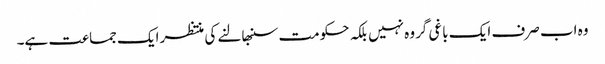
وہ اب صرف ایک باغی گروہ نہیں بلکہ حکومت سنبھالنے کی منتظر ایک جماعت ہے۔